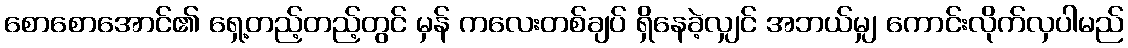
စောစောအောင်၏ ရှေ့တည့်တည့်တွင် မှန် ကလေးတစ်ချပ် ရှိနေခဲ့လျှင် အဘယ်မျှ ကောင်းလိုက်လှပါမည်